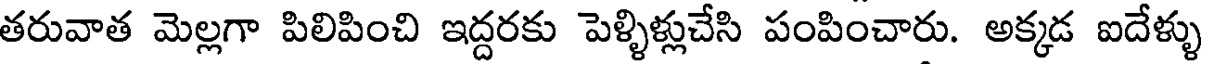
తరువాత మెల్లగా పిలిపించి ఇద్దరకు పెళ్ళిళ్లుచేసి పంపించారు. అక్కడ ఐదేళ్ళు